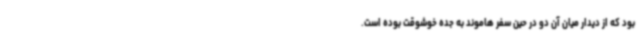
بود که از دیدار میان آن دو در حین سفر هاموند به جده خوشوقت بوده است.